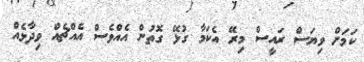
ކަމަށް ވިޔަސް ރައީސް މިރޭ އެކަމާ ގުޅޭ ގޮތުން އެއްވެސް އެއްޗެއް ވިދާޅެއް